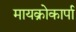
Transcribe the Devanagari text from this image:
मायक्रोकार्पा